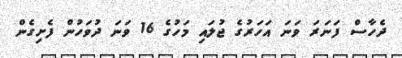
ދެހާސް ފަނަރަ ވަނަ އަހަރުގެ ޖުލައި މަހުގެ 16 ވަނަ ދުވަހުން ފެށިގެން